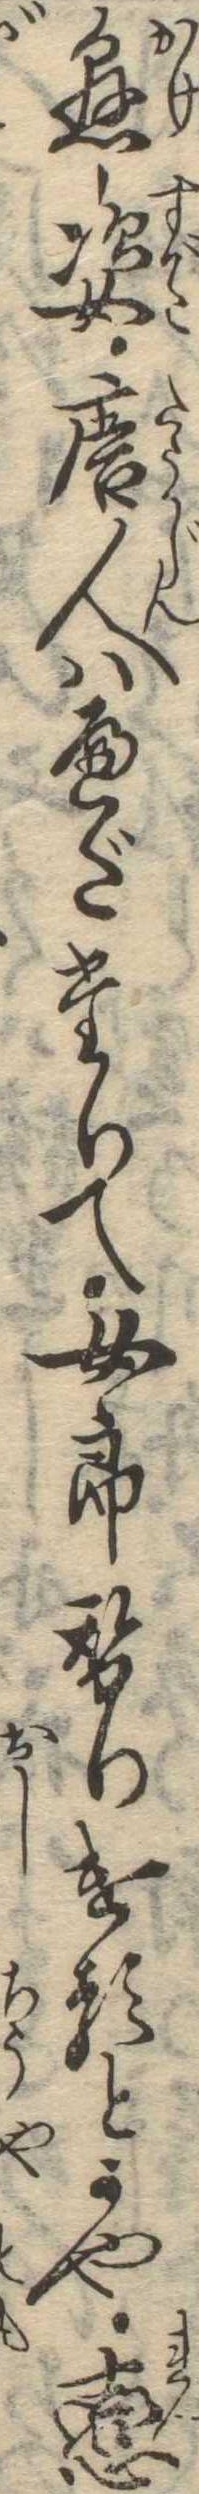
懸姿唐人はへだたりて女郎替りけるとかや恋